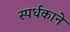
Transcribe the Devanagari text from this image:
स्पर्धकाने